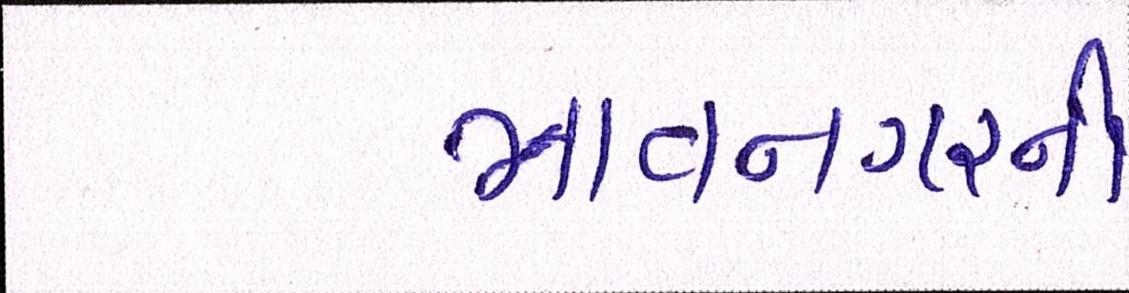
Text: ભાવનગરની